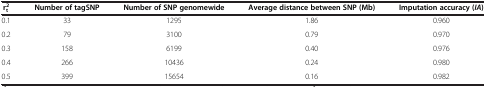
<table><thead><tr><td><b>r<sub>t</sub><sup>2</sup></b></td><td><b>Number of tagSNP</b></td><td><b>Number of SNP genomewide</b></td><td><b>Average distance between SNP (Mb)</b></td><td><b>Imputation accuracy ( <i>IA </i>)</b></td></tr></thead><tbody><tr><td>0.1</td><td>33</td><td>1295</td><td>1.86</td><td>0.960</td></tr><tr><td>0.2</td><td>79</td><td>3100</td><td>0.79</td><td>0.970</td></tr><tr><td>0.3</td><td>158</td><td>6199</td><td>0.40</td><td>0.976</td></tr><tr><td>0.4</td><td>266</td><td>10436</td><td>0.24</td><td>0.980</td></tr><tr><td>0.5</td><td>399</td><td>15654</td><td>0.16</td><td>0.982</td></tr></tbody></table>